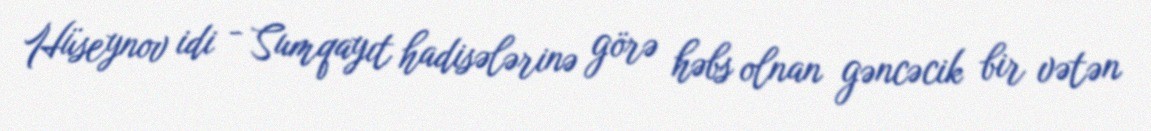
Hüseynov idi - Sumqayıt hadisələrinə görə həbs olnan gəncəcik bir vətən